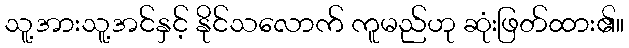
သူ့အားသူ့အင်နှင့် နိုင်သလောက် ကူမည်ဟု ဆုံးဖြတ်ထား၏။